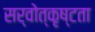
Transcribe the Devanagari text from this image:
सर्वोत्कृष्टता